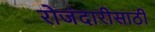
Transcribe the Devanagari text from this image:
रोजंदारीसाठी